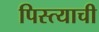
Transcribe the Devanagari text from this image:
पिस्त्याची